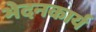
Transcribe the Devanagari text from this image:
भेदनकार्य